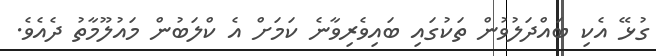
ގުޅޭ އެކި ބައްދަލުވުން ތަކުގައި ބައިވެރިވާނެ ކަމަށް އެ ކްލަބުން މައުލޫމާތު ދެއެވެ.